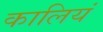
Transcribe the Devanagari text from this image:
कालियं